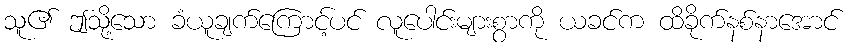
သူ၏ ဤသို့သော ခံယူချက်ကြောင့်ပင် လူပေါင်းများစွာကို ယခင်က ထိခိုက်နစ်နာအောင်